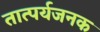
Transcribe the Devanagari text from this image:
तात्पर्यजनक